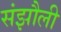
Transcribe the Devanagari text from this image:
संझौली